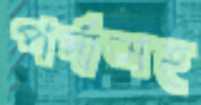
পর্দাসহ